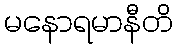
မနောရမာနီတိ